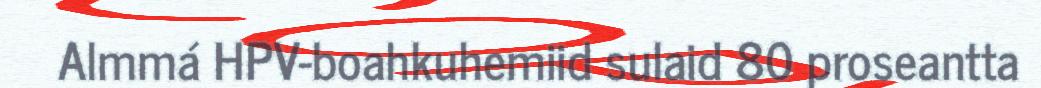
Almmá HPV-boahkuhemiid sulaid 80 proseantta